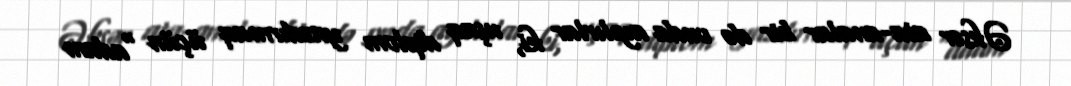
Əksər ata-analar bir də onda ayılırlar ki, uşaq diplom yazdırmaq üçün “adam